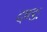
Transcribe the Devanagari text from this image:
दण्डः